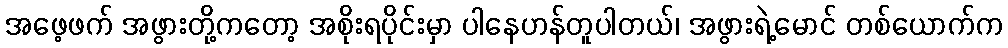
အဖေ့ဖက် အဖွားတို့ကတော့ အစိုးရပိုင်းမှာ ပါနေဟန်တူပါတယ်၊ အဖွားရဲ့မောင် တစ်ယောက်က